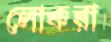
লোকরা